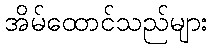
အိမ်ထောင်သည်များ